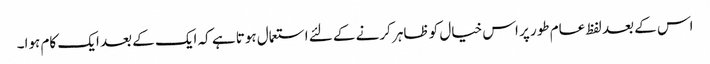
اس کے بعد لفظ عام طور پر اس خیال کو ظاہر کرنے کے لئے استعمال ہوتا ہے کہ ایک کے بعد ایک کام ہوا۔